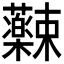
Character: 𫊚